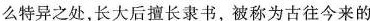
么特异之处,长大后擅长隶书,被称为古往今来的